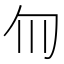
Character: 𫧁